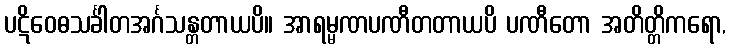
ပဋိဝေဓသင်္ခါတအင်္ဂသန္တတာယပိ။ အာရမ္မဏပဏီတတာယပိ ပဏီတော အတိတ္တိကရော,